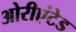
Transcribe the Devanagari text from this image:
ओरीएंटेड